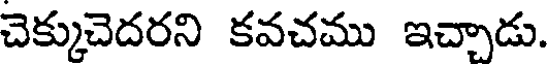
చెక్కుచెదరని కవచము ఇచ్చాడు.